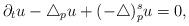
LaTeX: \begin{align*}\partial_tu-\triangle_p u+(-\triangle)^s_pu=0,\end{align*}